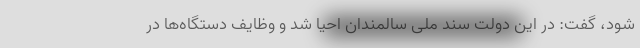
شود، گفت: در این دولت سند ملی سالمندان احیا شد و وظایف دستگاه‌ها در